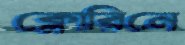
ক্লোরিনে